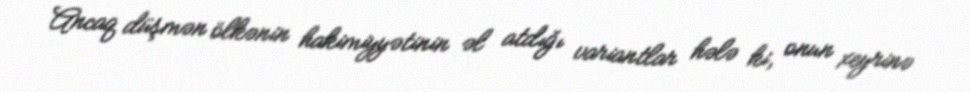
Ancaq düşmən ölkənin hakimiyyətinin əl atdığı variantlar hələ ki, onun xeyrinə